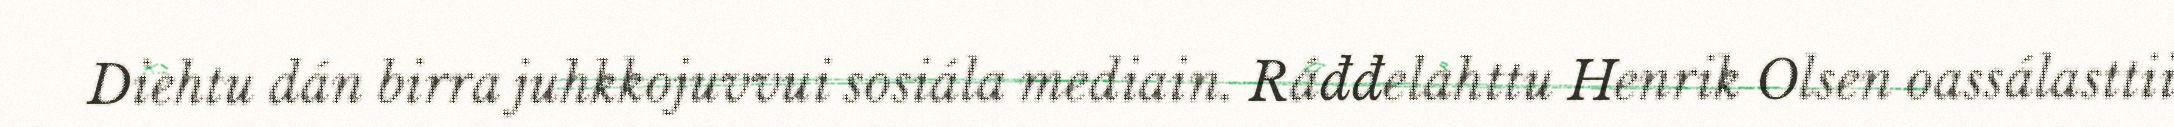
Diehtu dán birra juhkkojuvvui sosiála mediain. Ráđđelahttu Henrik Olsen oassálasttii